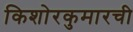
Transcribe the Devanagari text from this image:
किशोरकुमारची